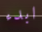
ابدء